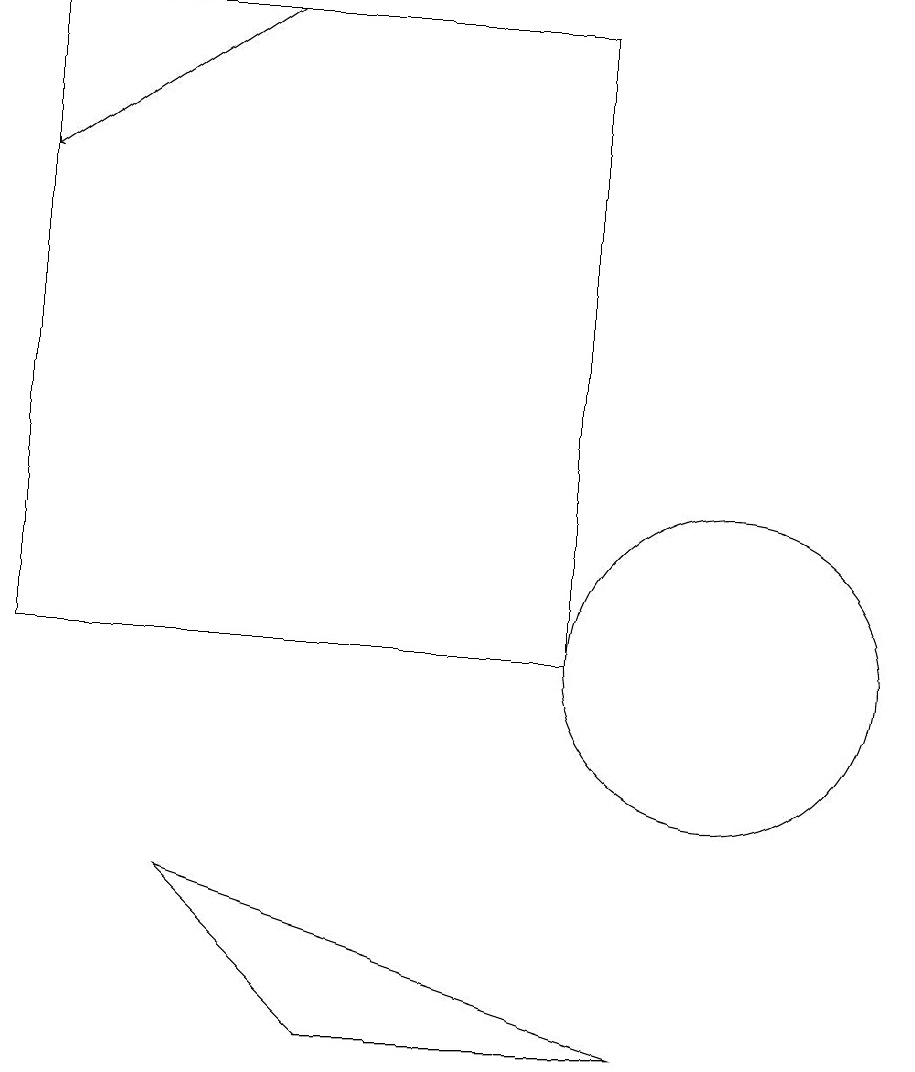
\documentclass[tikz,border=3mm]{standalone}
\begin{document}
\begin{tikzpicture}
\draw (8,18) rectangle (1,10);
\draw (10,10) circle (2);
\draw (10,10) circle (0);
\draw (5,5) -- (3,7) -- (9,5) -- cycle;
\draw[->] (4,18) -- (1,16);
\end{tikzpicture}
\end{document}